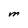
Character: M